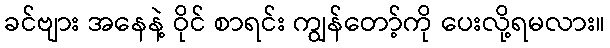
ခင်ဗျား အနေနဲ့ ဝိုင် စာရင်း ကျွန်တော့်ကို ပေးလို့ရမလား။